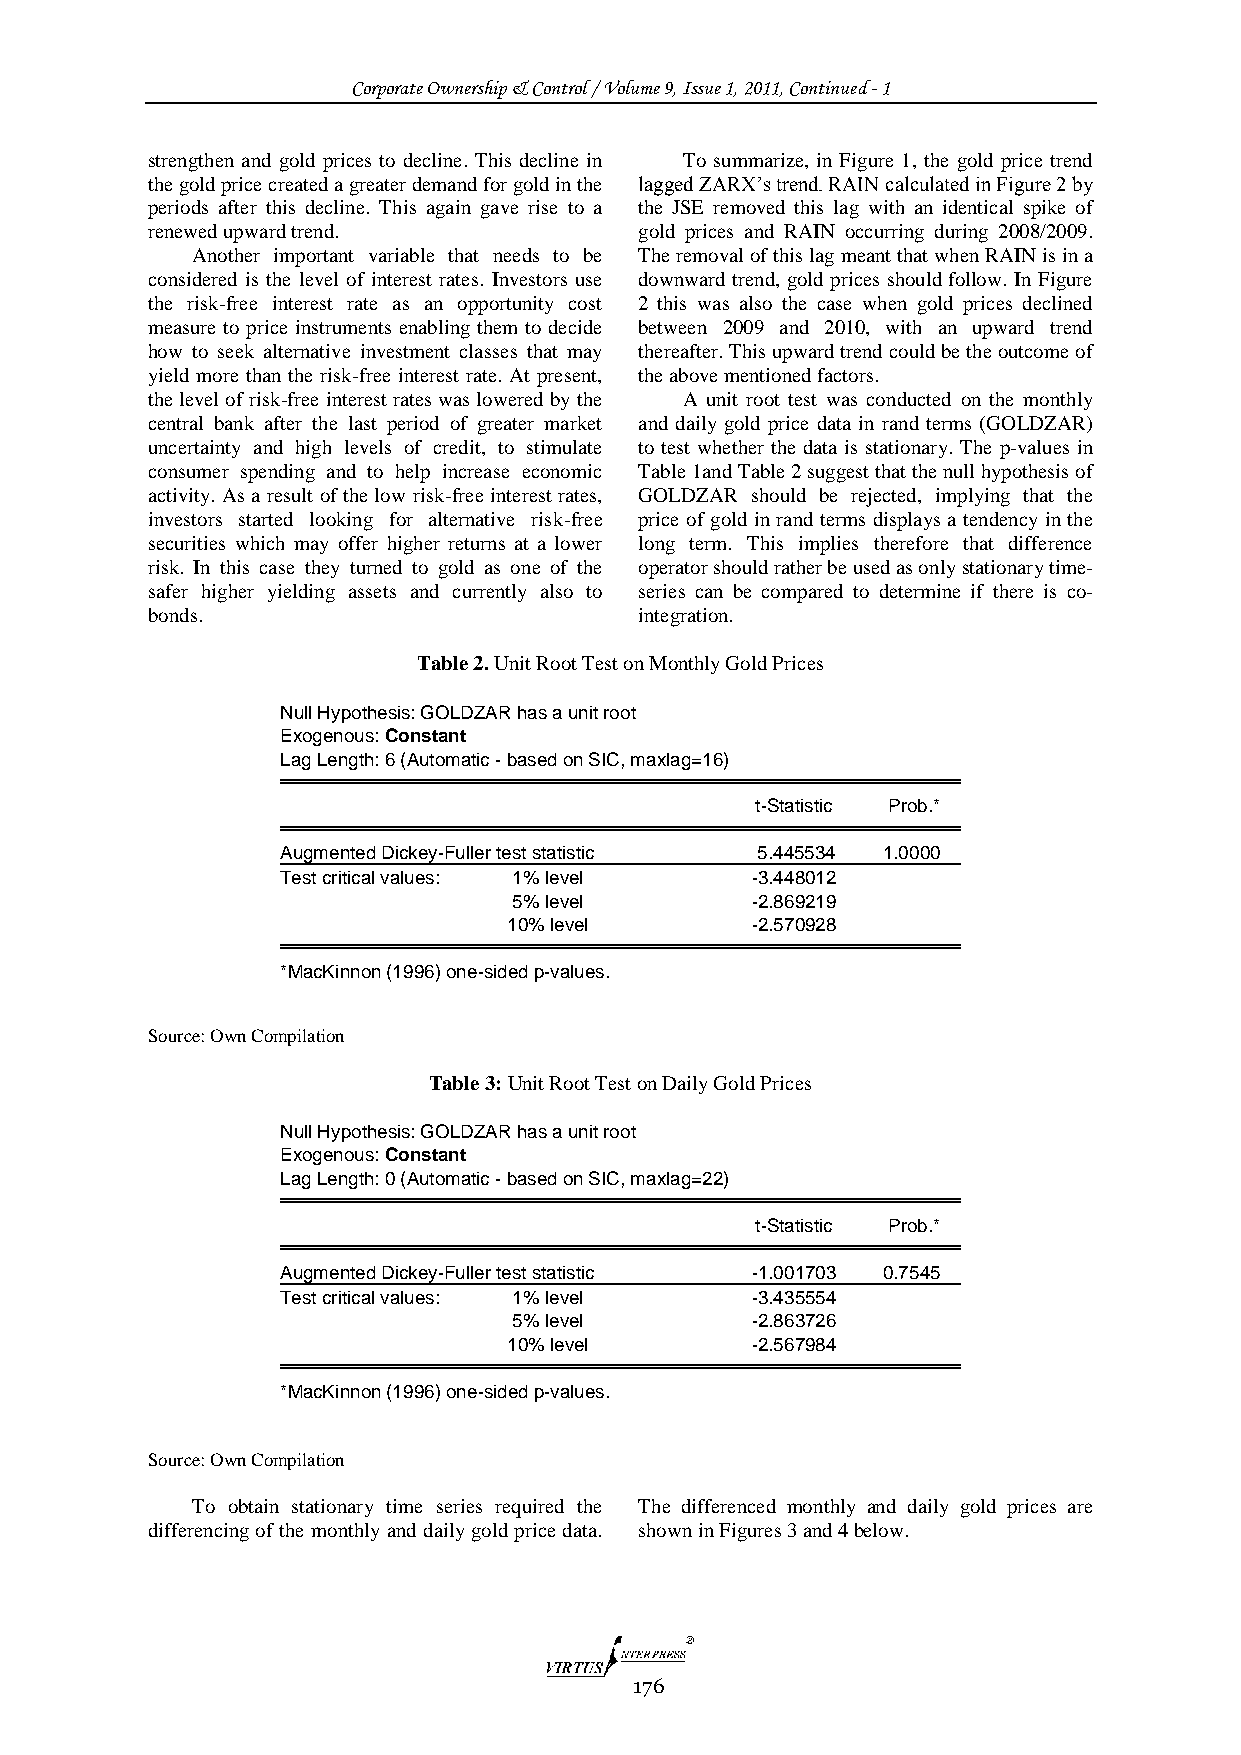
Corporate Ownership & Control / Volume 9, Issue 1, 2011, Continued - 1
 strengthen and gold prices to decline. This decline in To summarize, in Figure 1, the gold price trend
 the gold price created a greater demand for gold in the lagged ZARX‟s trend. RAIN calculated in Figure 2 by
 periods after this decline. This again gave rise to a the JSE removed this lag with an identical spike of
 renewed upward trend.           gold prices and RAIN occurring during 2008/2009.
 Another important variable that needs to be The removal of this lag meant that when RAIN is in a
 considered is the level of interest rates. Investors use downward trend, gold prices should follow. In Figure
 the risk-free interest rate as an opportunity cost 2 this was also the case when gold prices declined
 measure to price instruments enabling them to decide between 2009 and 2010, with an upward trend
 how to seek alternative investment classes that may thereafter. This upward trend could be the outcome of
 yield more than the risk-free interest rate. At present, the above mentioned factors.
 the level of risk-free interest rates was lowered by the A unit root test was conducted on the monthly
 central bank after the last period of greater market and daily gold price data in rand terms (GOLDZAR)
 uncertainty and high levels of credit, to stimulate to test whether the data is stationary. The p-values in
 consumer spending and to help increase economic Table 1and Table 2 suggest that the null hypothesis of
 activity. As a result of the low risk-free interest rates, GOLDZAR should be rejected, implying that the
 investors started looking for alternative risk-free price of gold in rand terms displays a tendency in the
 securities which may offer higher returns at a lower long term. This implies therefore that difference
 risk. In this case they turned to gold as one of the operator should rather be used as only stationary time-
 safer higher yielding assets and currently also to series can be compared to determine if there is co-
 bonds.                          integration.
 Table 2. Unit Root Test on Monthly Gold Prices
 Null Hypothesis: GOLDZAR has a unit root
 Exogenous: Constant
 Lag Length: 6 (Automatic - based on SIC, maxlag=16)
 t-Statistic Prob.*
 Augmented Dickey-Fuller test statistic 5.445534 1.0000
 Test critical values: 1% level -3.448012
 5% level        -2.869219
 10% level       -2.570928
 *MacKinnon (1996) one-sided p-values.
 Source: Own Compilation
 Table 3: Unit Root Test on Daily Gold Prices
 Null Hypothesis: GOLDZAR has a unit root
 Exogenous: Constant
 Lag Length: 0 (Automatic - based on SIC, maxlag=22)
 t-Statistic Prob.*
 Augmented Dickey-Fuller test statistic -1.001703 0.7545
 Test critical values: 1% level -3.435554
 5% level        -2.863726
 10% level       -2.567984
 *MacKinnon (1996) one-sided p-values.
 Source: Own Compilation
 To obtain stationary time series required the The differenced monthly and daily gold prices are
 differencing of the monthly and daily gold price data. shown in Figures 3 and 4 below.
 176